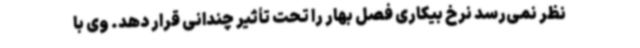
نظر نمی‌رسد نرخ بیکاری فصل بهار را تحت تأثیر چندانی قرار دهد. وی با